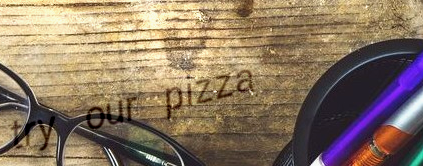
try our pizza